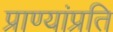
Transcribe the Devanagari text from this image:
प्राण्यांप्रति